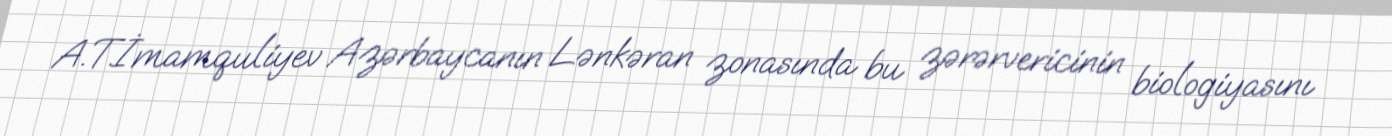
A.T.İmamquliyev Azərbaycanın Lənkəran zonasında bu zərərvericinin biologiyasını